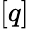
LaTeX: [q]